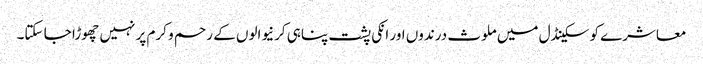
معاشرے کو سکینڈل میں ملوث درندوں اور انکی پشت پناہی کرنیوالوں کے رحم و کرم پر نہیں چھوڑا جا سکتا۔